画像に写った文字を読んでください
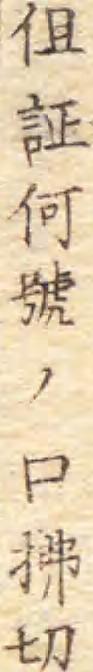
「伹証何號ノ口拂切」と書いてあります